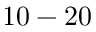
1 0 - 2 0